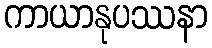
ကာယာနုပဿနာ